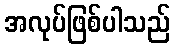
အလုပ်ဖြစ်ပါသည်